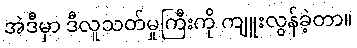
အဲဒီမှာ ဒီလူသတ်မှုကြီးကို ကျူးလွန်ခဲ့တာ။